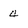
Character: 4